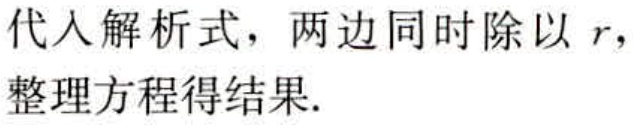
代入解析式，两边同时除以 \(r\)，整理方程得结果.